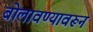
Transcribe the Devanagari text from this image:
बोलावण्यावरून